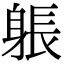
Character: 躼